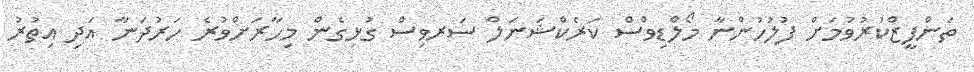
ތަންފީޒްކުރުވުމަށް ފުލުހުންނާ މޯލްޑިވްސް ކަރެކްޝަނަލް ސަރވިސް ގުޅިގެން މިހާރަށްވުރެ ހަރުދަނާ އަދި އިތުރު